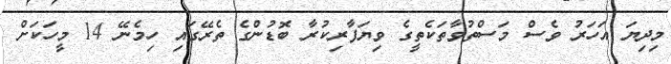
މިދިޔަ އަހަރު ވެސް މަސްތުވާތަކެތީގެ ވިޔަފާރިކުރާ ބޮޑުންގެ ތެރޭގައި ހިމެނޭ 14 މީހަކަށް